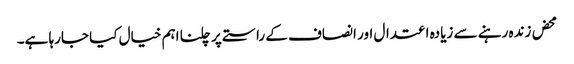
محض زندہ رہنے سے زیادہ اعتدال اور انصاف کے راستے پر چلنا اہم خیال کیا جارہا ہے۔